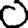
Digit: 0